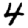
Digit: 4